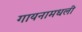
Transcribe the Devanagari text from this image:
गायनामधली